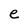
Character: e